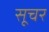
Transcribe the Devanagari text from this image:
सूचर